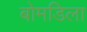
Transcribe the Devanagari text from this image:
बोमडिला